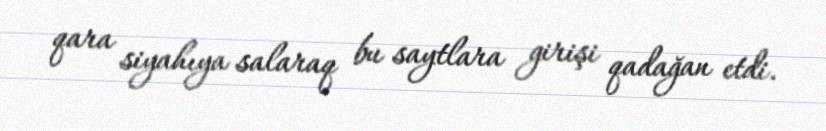
qara siyahıya salaraq bu saytlara girişi qadağan etdi.